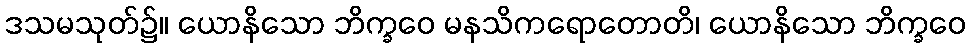
ဒသမသုတ်၌။ ယောနိသော ဘိက္ခဝေ မနသိကရောတောတိ၊ ယောနိသော ဘိက္ခဝေ